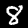
Label: 8